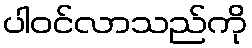
ပါဝင်လာသည်ကို